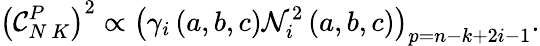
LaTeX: \left(\mathcal{C}_{N\ K}^{P}\right)^{2}\propto\left(\gamma_{i}\left(a,b,c\right)\mathcal{{N}}_{i}^{2}\left(a,b,c\right)\right)_{p=n-k+2i-1}.